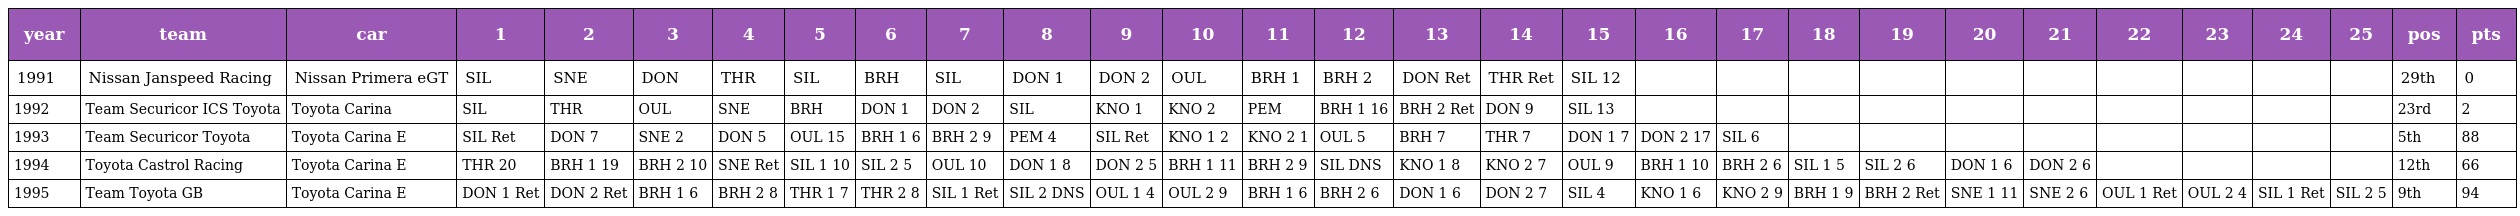
| year | team | car | 1 | 2 | 3 | 4 | 5 | 6 | 7 | 8 | 9 | 10 | 11 | 12 | 13 | 14 | 15 | 16 | 17 | 18 | 19 | 20 | 21 | 22 | 23 | 24 | 25 | pos | pts |
 | --- | --- | --- | --- | --- | --- | --- | --- | --- | --- | --- | --- | --- | --- | --- | --- | --- | --- | --- | --- | --- | --- | --- | --- | --- | --- | --- | --- | --- | --- |
 | 1991 | Nissan Janspeed Racing | Nissan Primera eGT | SIL | SNE | DON | THR | SIL | BRH | SIL | DON 1 | DON 2 | OUL | BRH 1 | BRH 2 | DON Ret | THR Ret | SIL 12 |  |  |  |  |  |  |  |  |  |  | 29th | 0 |
 | 1992 | Team Securicor ICS Toyota | Toyota Carina | SIL | THR | OUL | SNE | BRH | DON 1 | DON 2 | SIL | KNO 1 | KNO 2 | PEM | BRH 1 16 | BRH 2 Ret | DON 9 | SIL 13 |  |  |  |  |  |  |  |  |  |  | 23rd | 2 |
 | 1993 | Team Securicor Toyota | Toyota Carina E | SIL Ret | DON 7 | SNE 2 | DON 5 | OUL 15 | BRH 1 6 | BRH 2 9 | PEM 4 | SIL Ret | KNO 1 2 | KNO 2 1 | OUL 5 | BRH 7 | THR 7 | DON 1 7 | DON 2 17 | SIL 6 |  |  |  |  |  |  |  |  | 5th | 88 |
 | 1994 | Toyota Castrol Racing | Toyota Carina E | THR 20 | BRH 1 19 | BRH 2 10 | SNE Ret | SIL 1 10 | SIL 2 5 | OUL 10 | DON 1 8 | DON 2 5 | BRH 1 11 | BRH 2 9 | SIL DNS | KNO 1 8 | KNO 2 7 | OUL 9 | BRH 1 10 | BRH 2 6 | SIL 1 5 | SIL 2 6 | DON 1 6 | DON 2 6 |  |  |  |  | 12th | 66 |
 | 1995 | Team Toyota GB | Toyota Carina E | DON 1 Ret | DON 2 Ret | BRH 1 6 | BRH 2 8 | THR 1 7 | THR 2 8 | SIL 1 Ret | SIL 2 DNS | OUL 1 4 | OUL 2 9 | BRH 1 6 | BRH 2 6 | DON 1 6 | DON 2 7 | SIL 4 | KNO 1 6 | KNO 2 9 | BRH 1 9 | BRH 2 Ret | SNE 1 11 | SNE 2 6 | OUL 1 Ret | OUL 2 4 | SIL 1 Ret | SIL 2 5 | 9th | 94 |